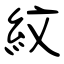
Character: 紋